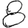
Digit: 8